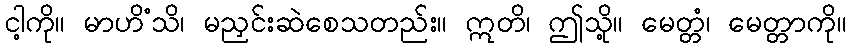
ငါ့ကို။ မာဟိံသိ၊ မညှင်းဆဲစေသတည်း။ ဣတိ၊ ဤသို့။ မေတ္တံ၊ မေတ္တာကို။